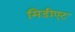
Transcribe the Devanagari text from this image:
मिडीएट